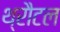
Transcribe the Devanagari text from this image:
थ्रौटल